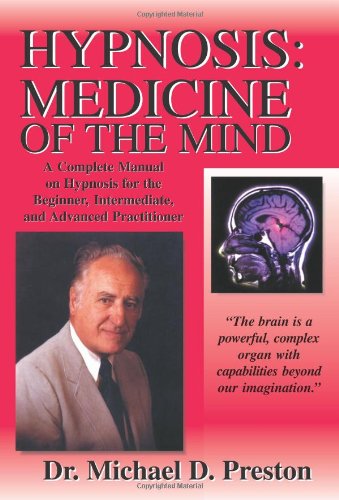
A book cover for Hypnosis: Medicine of the Mind: Hypnosis: Medicine of the Mind - A Complete Manual on Hypnosis for the Beginner, Intermediate and Advanced Practitioner; J.D., PhD., Michael D. Preston; Health, Fitness & Dieting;